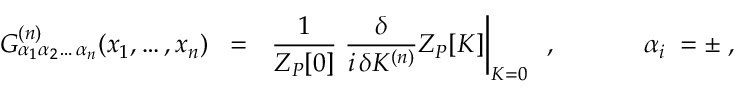
G _ { \alpha _ { 1 } \alpha _ { 2 } \ldots \, \alpha _ { n } } ^ { ( n ) } ( x _ { 1 } , \ldots , x _ { n } ) \; \; = \; \; \left. \frac { 1 } { Z _ { P } [ 0 ] } \; \frac { \delta } { i \, \delta { \cal K } ^ { ( n ) } } Z _ { P } [ { \cal K } ] \right| _ { { \cal K } = 0 } \; \; , \; \; \; \; \; \; \; \; \; \; \; \; \alpha _ { i } \; = \pm \; ,